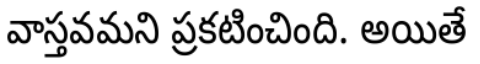
వాస్తవమని ప్రకటించింది. అయితే